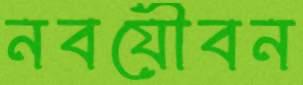
নবযৌবন